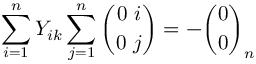
\sum _ { i = 1 } ^ { n } Y _ { i k } \sum _ { j = 1 } ^ { n } { \binom { 0 ~ i } { 0 ~ j } } = - { \binom { 0 } { 0 } } _ { n }